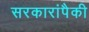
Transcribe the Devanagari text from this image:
सरकारांपैकी